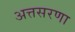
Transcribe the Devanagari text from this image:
अत्तसरणा